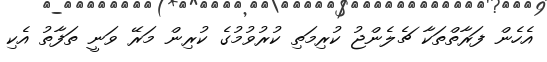
އެހެން ފަރާތްތަކާ ޗެލެންޖު ކުރިމަތި ކުރުވުމުގެ ކުރިން މަރޭ ވަނީ ތަފާތު އެކި